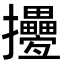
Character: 㩸